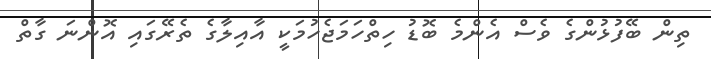
ތިން ބޭފުޅުންގެ ވެސް އެންމެ ބޮޑު ހިތްހަމަޖެހުމަކީ އާއިލާގެ ތެރޭގައި އޮންނަ ގާތް